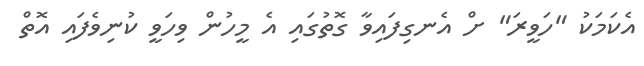
އެކަމަކު "ހަވީރަ" ށް އެނގިފައިވާ ގޮތުގައި އެ މީހުން ވިހަވީ ކުނިވެފައި އޮތް